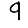
Digit: 9